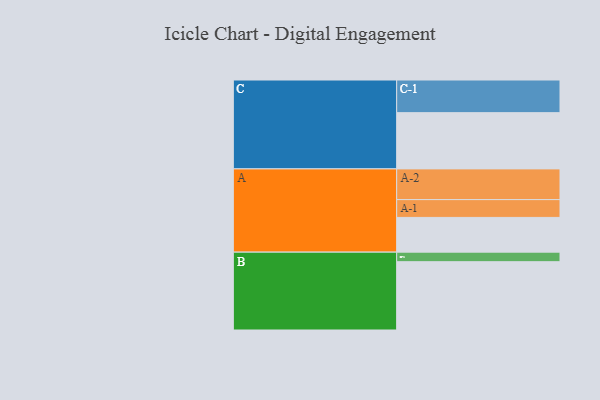
{"axis": {"x": "Segment", "y": "Value"}, "legend": ["", "A", "B", "C"], "data": [{"x": "A", "y": 302, "type": ""}, {"x": "B", "y": 594, "type": ""}, {"x": "C", "y": 489, "type": ""}, {"x": "A-1", "y": 155, "type": "A"}, {"x": "A-2", "y": 267, "type": "A"}, {"x": "B-1", "y": 83, "type": "B"}, {"x": "C-1", "y": 284, "type": "C"}]}